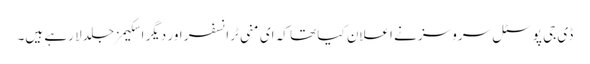
ڈی جی پوسٹل سروسز نے اعلان کیا تھا کہ ای منی ٹرانسفر اور دیگر اسکیمز جلد لا رہے ہیں۔